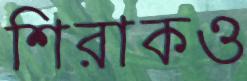
শিরাকও